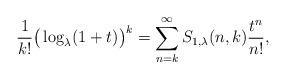
LaTeX: \begin{align*}\frac{1}{k!}\big(\log_{\lambda}(1+t)\big)^{k}=\sum_{n=k}^{\infty}S_{1,\lambda}(n,k)\frac{t^{n}}{n!},\end{align*}